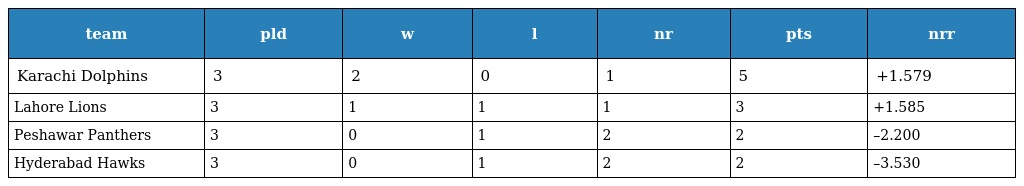
| team | pld | w | l | nr | pts | nrr |
 | --- | --- | --- | --- | --- | --- | --- |
 | Karachi Dolphins | 3 | 2 | 0 | 1 | 5 | +1.579 |
 | Lahore Lions | 3 | 1 | 1 | 1 | 3 | +1.585 |
 | Peshawar Panthers | 3 | 0 | 1 | 2 | 2 | –2.200 |
 | Hyderabad Hawks | 3 | 0 | 1 | 2 | 2 | –3.530 |